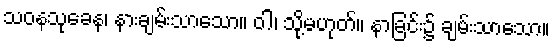
သဝနသုခေန၊ နားချမ်းသာသော။ ဝါ၊ သို့မဟုတ်။ နာခြင်း၌ ချမ်းသာသော။